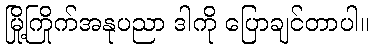
မြို့ကြိုက်အနုပညာ ဒါကို ပြောချင်တာပါ။